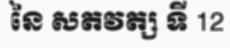
នៃ សតវត្ស ទី 12